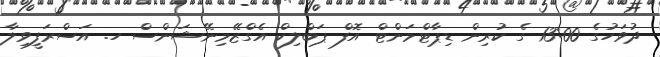
ދުވަހުގެ 13:00 ގެ ކުރިން ޑިޕާޓްމަންޓް އޮފް ޕަބްލިކް އެގްޒޭމިނޭޝަންސް ހ. އަސްރަފީވިލާ